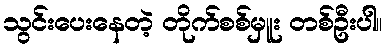
သွင်းပေးနေတဲ့ တိုက်စစ်မှူး တစ်ဦးပါ။